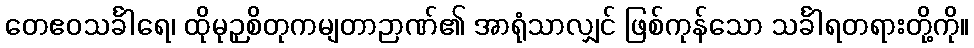
တေဧဝသင်္ခါရေ၊ ထိုမုဉှစိတုကမျတာဉာဏ်၏ အာရုံသာလျှင် ဖြစ်ကုန်သော သင်္ခါရတရားတို့ကို။